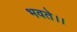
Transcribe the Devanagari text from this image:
भवते।।